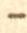
-